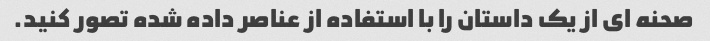
صحنه ای از یک داستان را با استفاده از عناصر داده شده تصور کنید.